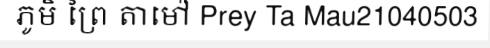
ភូមិ ព្រៃ តាម៉ៅ Prey Ta Mau21040503